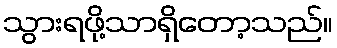
သွားရဖို့သာရှိတော့သည်။